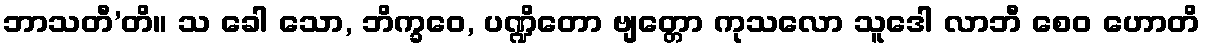
ဘာသတီ’တိ။ သ ခေါ သော, ဘိက္ခဝေ, ပဏ္ဍိတော ဗျတ္တော ကုသလော သူဒေါ လာဘီ စေဝ ဟောတိ